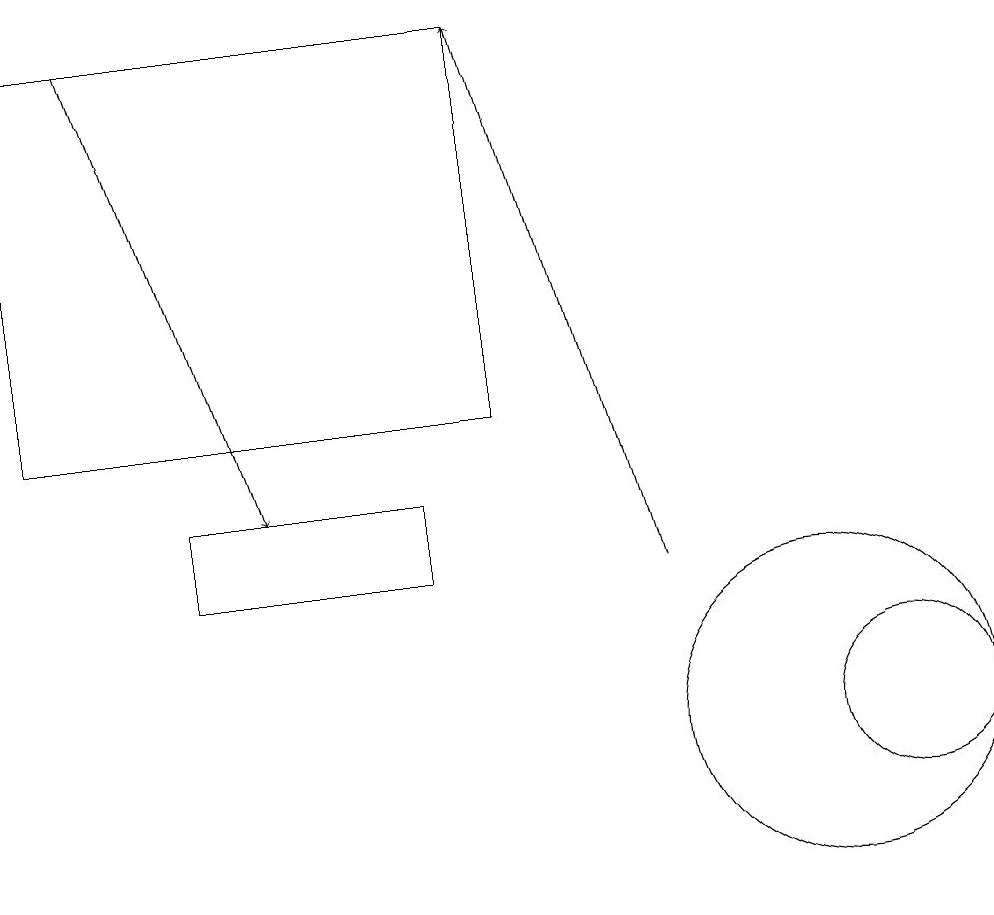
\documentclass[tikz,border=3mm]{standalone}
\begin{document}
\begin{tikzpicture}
\draw (11,10) circle (1);
\draw (2,13) rectangle (5,12);
\draw (6,19) rectangle (0,14);
\draw (10,10) circle (0);
\draw[->] (8,12) -- (6,19);
\draw[->] (1,19) -- (3,13);
\draw (10,10) circle (2);
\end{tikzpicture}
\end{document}